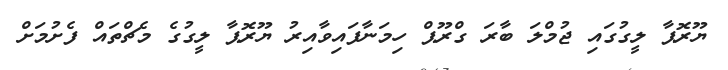
ޔޫރޮޕާ ލީގުގައި ޖުމްލަ ބާރަ ގްރޫޕް ހިމަނާފައިވާއިރު ޔޫރޮޕާ ލީގުގެ މެޗްތައް ފެށުމަށް